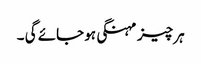
ہر چیز مہنگی ہو جائے گی ۔